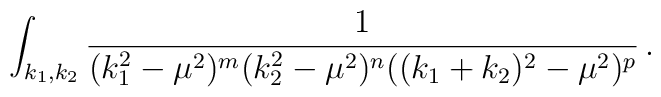
\int_{k_1,k_2} \frac{1}{(k_1^2-\mu^2)^m(k_2^2-\mu^2)^n((k_1+k_2)^2-\mu^2)^p}\, .